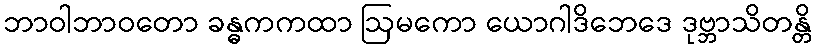
ဘာဝါဘာဝတော ခန္ဓကကထာ ဩမကော ယောဂါဒိဘေဒေ ဒုဗ္ဘာသိတန္တိ